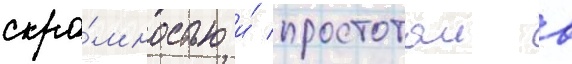
скро́мностью и́ простотои в